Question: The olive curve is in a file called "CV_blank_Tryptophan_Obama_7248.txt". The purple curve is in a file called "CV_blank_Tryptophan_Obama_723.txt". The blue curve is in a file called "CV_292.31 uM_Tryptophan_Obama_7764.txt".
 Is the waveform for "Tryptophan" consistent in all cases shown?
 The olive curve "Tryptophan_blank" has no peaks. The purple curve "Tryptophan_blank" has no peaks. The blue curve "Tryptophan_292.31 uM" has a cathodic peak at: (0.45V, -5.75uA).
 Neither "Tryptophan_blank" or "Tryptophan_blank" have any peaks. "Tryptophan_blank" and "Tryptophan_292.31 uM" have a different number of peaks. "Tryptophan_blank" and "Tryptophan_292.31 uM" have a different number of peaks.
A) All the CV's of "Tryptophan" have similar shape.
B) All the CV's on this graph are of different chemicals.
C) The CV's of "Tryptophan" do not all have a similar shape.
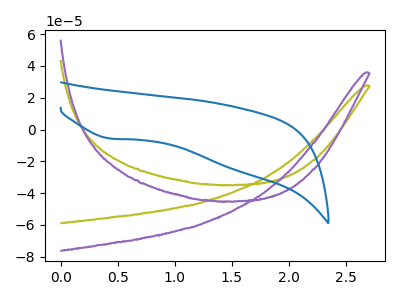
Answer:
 <answer>A) All the CV's of "Tryptophan" have similar shape.</answer>
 <eval>A</eval>